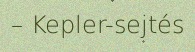
– Kepler-sejtés